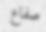
صفاع